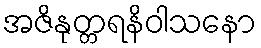
အဇိနုတ္တရနိဝါသနော